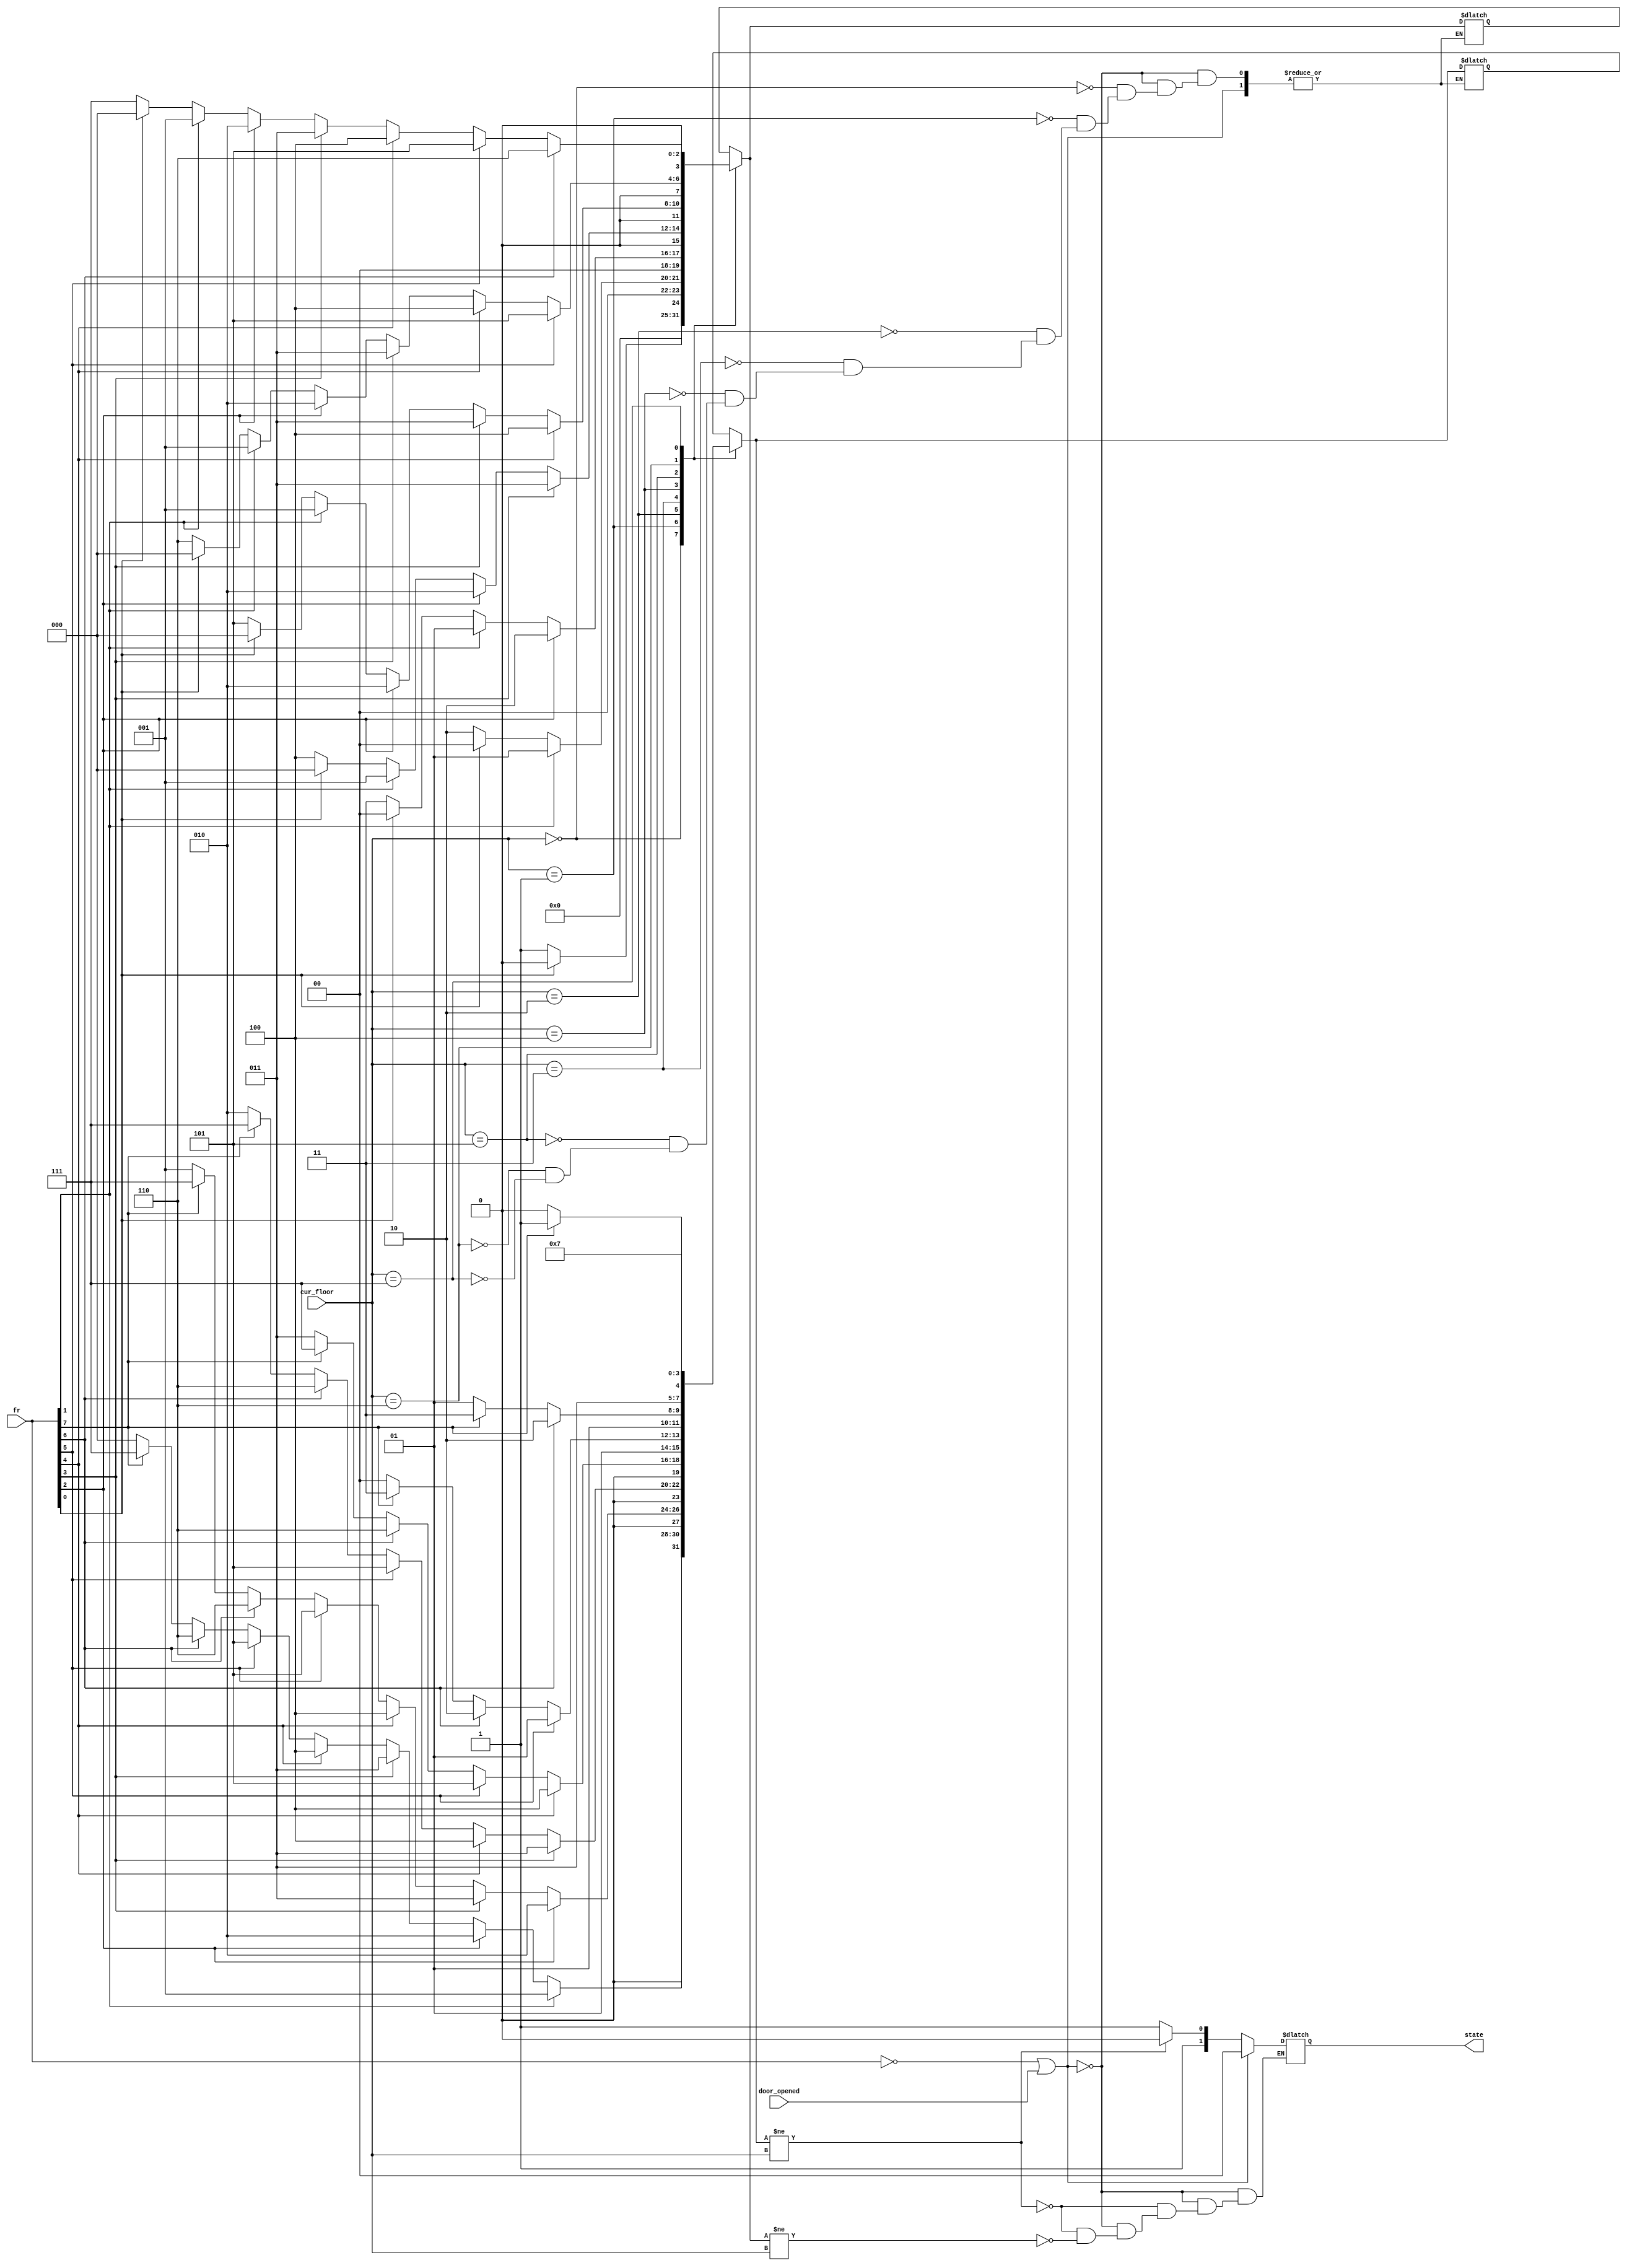
// Solucao do exercicio 4. O elevador possui um fio (fr) para
// cada andar, que fica ativo quando alguem chama o elevador. Alem
// disso, o elevador informa para a unidade de controle
// em qual andar ele esta por meio do fio (cur_floor). O fio
// door_opened indica se a porta esta aberta, para que o elevador
// nao se mova. Finalmente, a unidade de controle indica qual deve
// ser a proxima acao do elevador por meio do registro de saida (state).
`timescale 10ps / 1ps
module exercise4 (
  input wire[7:0] fr,        // Floor request.
  input wire[3:0] cur_floor, // Andar atual.
  input wire door_opened,    // Porta aberta.
  output reg[1:0] state
);

parameter WAIT = 3'b00, UP = 3'b10, DOWN = 3'b11;
		
reg[3:0] next_floor_u;
reg[3:0] next_floor_d;
reg[3:0] next_floor;
			 
always @ (*) begin
  // Nao ha nenhuma chamada. Permanece no andar atual.
  if (fr == 0 || door_opened) begin
    next_floor = cur_floor;
    state = WAIT;
  end else begin
    // Descobre o proximo andar para cima.
    case (cur_floor)
      0 : next_floor_u = fr[1]?1:fr[2]?2:fr[3]?3:fr[4]?4:fr[5]?5:fr[6]?6:fr[7]?7:0;
      1 : next_floor_u = fr[2]?2:fr[3]?3:fr[4]?4:fr[5]?5:fr[6]?6:fr[7]?7:1;
      2 : next_floor_u = fr[3]?3:fr[4]?4:fr[5]?5:fr[6]?6:fr[7]?7:2;
      3 : next_floor_u = fr[4]?4:fr[5]?5:fr[6]?6:fr[7]?7:3;
      4 : next_floor_u = fr[5]?5:fr[6]?6:fr[7]?7:4;
      5 : next_floor_u = fr[6]?6:fr[7]?7:5;
      6 : next_floor_u = fr[7]?7:6;
      7 : next_floor_u = 7;
    endcase

    // Descobre o proximo andar para baixo.
    case (cur_floor)
      0 : next_floor_d = 0;
      1 : next_floor_d = fr[0]?0:1;
      2 : next_floor_d = fr[1]?1:fr[0]?0:2;
      3 : next_floor_d = fr[2]?2:fr[1]?1:fr[0]?0:3;
      4 : next_floor_d = fr[3]?3:fr[2]?2:fr[1]?1:fr[0]?0:4;
      5 : next_floor_d = fr[4]?4:fr[3]?3:fr[2]?2:fr[1]?1:fr[0]?0:5;
      6 : next_floor_d = fr[5]?5:fr[4]?4:fr[3]?3:fr[2]?2:fr[1]?1:fr[0]?0:6;
      7 : next_floor_d = fr[6]?6:fr[5]?5:fr[4]?4:fr[3]?3:fr[2]?2:fr[1]?1:fr[0]?0:7;
    endcase

	 // Se houver alguma chamada, move o elevador naquela direcao.
    if (next_floor_u != cur_floor) begin
      next_floor = next_floor_u;
      state = UP;
    end else if (next_floor_d != cur_floor) begin
      next_floor = next_floor_d;
      state = DOWN;
    end
  end
end

endmodule 

module exercise4tb ();
  reg[7:0] fr;
  reg[3:0] cur_floor;
  reg door_opened;
  wire[1:0] state;
  
  exercise4 e4 (
    .fr(fr),
    .cur_floor(cur_floor),
    .door_opened(door_opened),
    .state(state)
  );

  initial begin
    $monitor(
      "Time = %g, fr = %d, cur_floor = %d, door_opened = %b, state = %b", 
      $time, fr, cur_floor, door_opened, state
    );

    fr = 0;
    cur_floor = 0;
    door_opened = 0;
    
    #5 fr = 2;
    #5 cur_floor = 1;
    #5 cur_floor = 2;
    door_opened = 1;
    #5 door_opened = 0;
    fr = 0;
    #5 fr = 1;
    #5 cur_floor = 1;
    #5 cur_floor = 0;
    door_opened = 1;
    #5 door_opened = 0;
    fr = 0;

    #100 $finish;
  end
endmodule